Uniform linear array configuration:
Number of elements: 24
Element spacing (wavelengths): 0.75
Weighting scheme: cosine
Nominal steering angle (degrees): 0
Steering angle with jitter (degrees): -1.329
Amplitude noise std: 0.05
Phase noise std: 0.05

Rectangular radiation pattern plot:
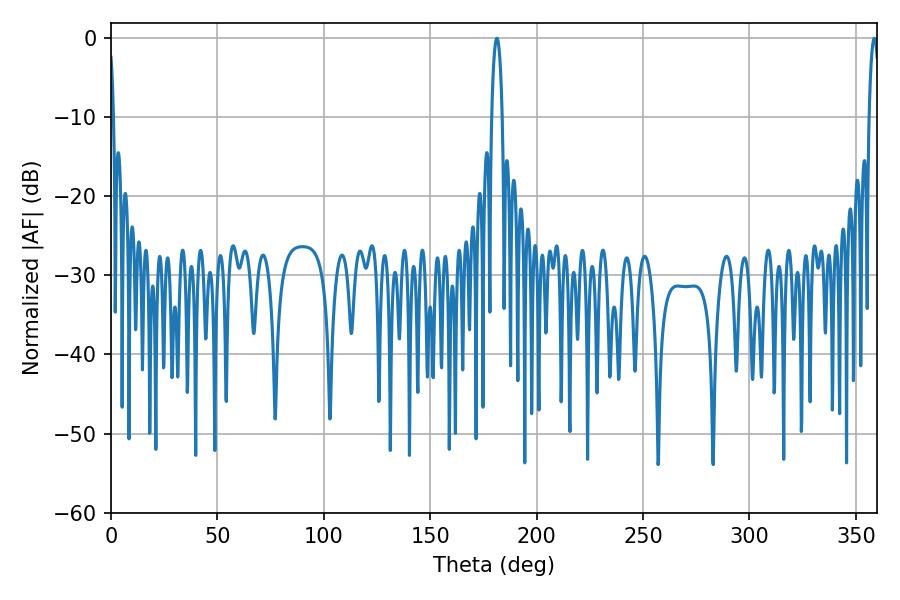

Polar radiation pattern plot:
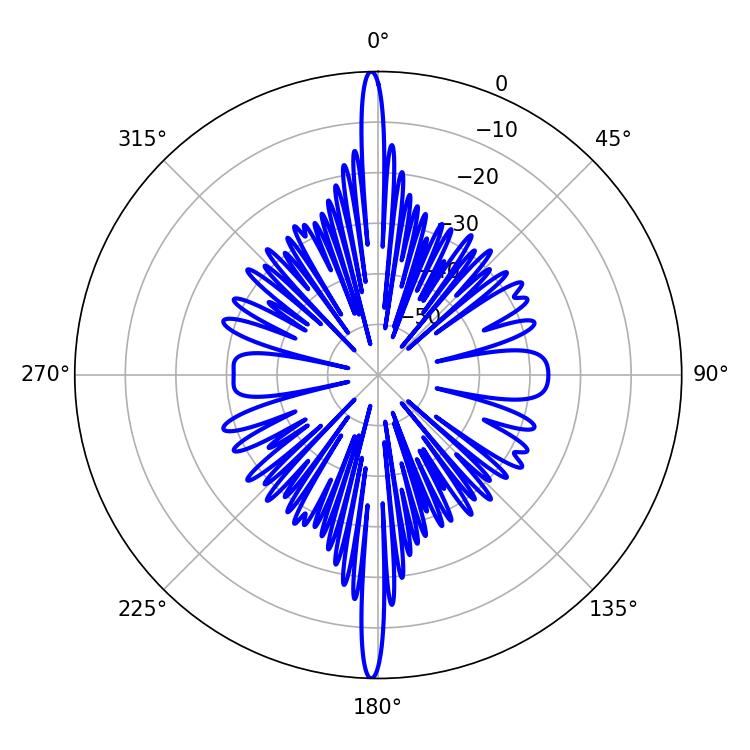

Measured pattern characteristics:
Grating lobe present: TRUE
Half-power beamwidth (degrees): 2.7
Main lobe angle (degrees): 181.26